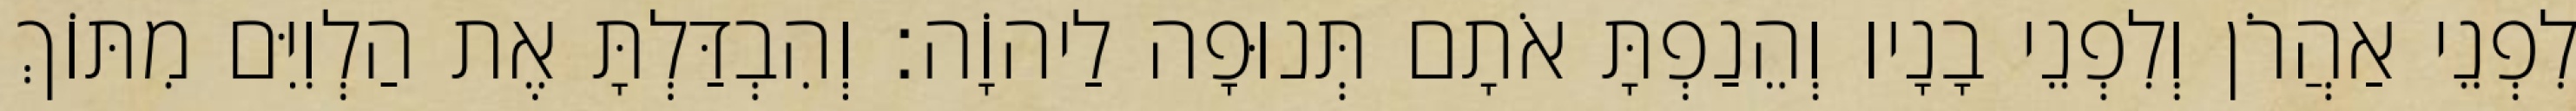
לִפְנֵי אַהֲרֹן וְלִפְנֵי בָנָיו וְהֵנַפְתָּ אֹתָם תְּנוּפָה לַיהוָֹה׃ וְהִבְדַּלְתָּ אֶת הַלְוִיִּם מִתּוֹךְ